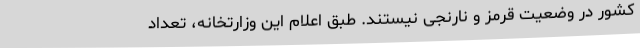
کشور در وضعیت قرمز و نارنجی نیستند. طبق اعلام این وزارتخانه، تعداد